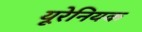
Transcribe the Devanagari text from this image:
यूरेनियक